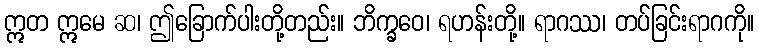
ဣတ ဣမေ ဆ၊ ဤခြောက်ပါးတို့တည်း။ ဘိက္ခဝေ၊ ရဟန်းတို့။ ရာဂဿ၊ တပ်ခြင်းရာဂကို။